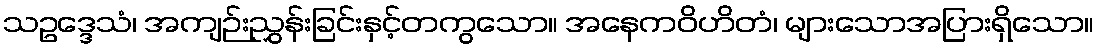
သဥဒ္ဒေသံ၊ အကျဉ်းညွှန်းခြင်းနှင့်တကွသော။ အနေကဝိဟိတံ၊ များသောအပြားရှိသော။